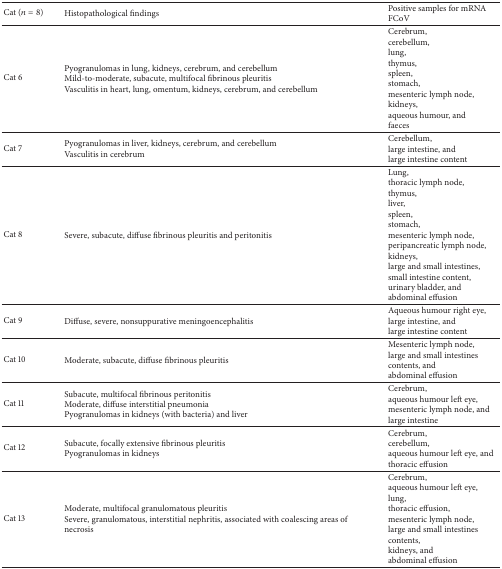
<table><thead><tr><td><b>Cat (<i>n</i> = 8)</b></td><td><b>Histopathological findings</b></td><td><b>Positive samples for mRNA FCoV</b></td></tr></thead><tbody><tr><td>Cat 6</td><td>Pyogranulomas in lung, kidneys, cerebrum, and cerebellumMild-to-moderate, subacute, multifocal fibrinous pleuritis Vasculitis in heart, lung, omentum, kidneys, cerebrum, and cerebellum</td><td>Cerebrum, cerebellum, lung, thymus, spleen, stomach, mesenteric lymph node, kidneys, aqueous humour, andfaeces</td></tr><tr><td>Cat 7</td><td>Pyogranulomas in liver, kidneys, cerebrum, and cerebellumVasculitis in cerebrum</td><td>Cerebellum, large intestine, andlarge intestine content</td></tr><tr><td>Cat 8</td><td>Severe, subacute, diffuse fibrinous pleuritis and peritonitis </td><td>Lung, thoracic lymph node, thymus, liver, spleen, stomach, mesenteric lymph node, peripancreatic lymph node, kidneys, large and small intestines, small intestine content, urinary bladder, andabdominal effusion</td></tr><tr><td>Cat 9</td><td>Diffuse, severe, nonsuppurative meningoencephalitis</td><td>Aqueous humour right eye, large intestine, andlarge intestine content</td></tr><tr><td>Cat 10</td><td>Moderate, subacute, diffuse fibrinous pleuritis </td><td>Mesenteric lymph node,large and small intestines contents, andabdominal effusion</td></tr><tr><td>Cat 11</td><td>Subacute, multifocal fibrinous peritonitisModerate, diffuse interstitial pneumonia Pyogranulomas in kidneys (with bacteria) and liver</td><td>Cerebrum, aqueous humour left eye, mesenteric lymph node, andlarge intestine</td></tr><tr><td>Cat 12</td><td>Subacute, focally extensive fibrinous pleuritis Pyogranulomas in kidneys</td><td>Cerebrum, cerebellum, aqueous humour left eye, andthoracic effusion</td></tr><tr><td>Cat 13</td><td>Moderate, multifocal granulomatous pleuritisSevere, granulomatous, interstitial nephritis, associated with coalescing areas of necrosis</td><td>Cerebrum, aqueous humour left eye, lung,thoracic effusion, mesenteric lymph node, large and small intestines contents, kidneys, andabdominal effusion</td></tr></tbody></table>